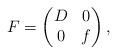
LaTeX: \begin{align*} F=\begin{pmatrix} D&0\\0 & f\end{pmatrix},\end{align*}